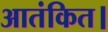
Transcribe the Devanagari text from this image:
आतंकित।